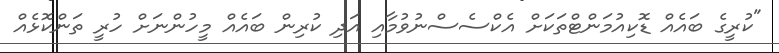
"ކުރީގެ ބައެއް ޑޮކިއުމަންޓްތަކަށް އެކްސެސްނުވުމާއި އަދި ކުރިން ބައެއް މީހުންނަށް ހުރީ ތަންކޮޅެއް